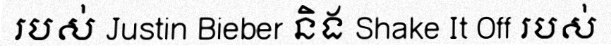
របស់ Justin Bieber និង Shake It Off របស់